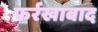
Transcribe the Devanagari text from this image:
फर्रखाबाद